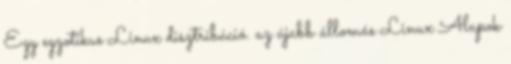
Egy egzotikus Linux disztribúció. az újabb állomás Linux Alapok